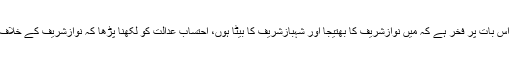
انہوں نے کہا کہ مجھے اس بات پر فخر ہے کہ میں نوازشریف کا بھتیجا اور شہبازشریف کا بیٹا ہوں، احتساب عدالت کو لکھنا پڑھا کہ نوازشریف کے خلاف کرپشن ثابت نہیں ہوئی۔